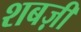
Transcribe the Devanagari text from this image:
शबज़ी